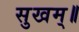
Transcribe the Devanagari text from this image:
सुखम्॥